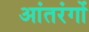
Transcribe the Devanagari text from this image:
आंतरंगों